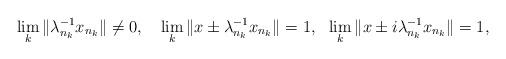
LaTeX: \begin{align*} \lim_k\|\lambda_{n_k}^{-1}x_{n_k}\|\neq0, \ \ \ \lim_k\|x\pm \lambda_{n_k}^{-1}x_{n_k}\|=1, \ \ \lim_k\|x\pm i\lambda_{n_k}^{-1}x_{n_k}\|=1, \end{align*}